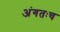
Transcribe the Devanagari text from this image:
अंगतःच